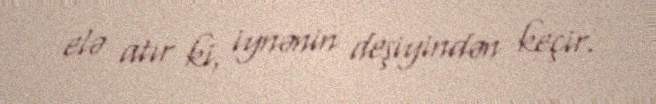
elə atır ki, iynənin deşiyindən keçir.